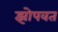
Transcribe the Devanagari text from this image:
झोपवत